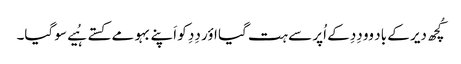
کُچھ دیر کے باد وو دِدِ کے اُپر سے ہت گیا اؤر دِدِ کو اَپنے بہو مے کستے ہُیے سو گیا۔